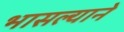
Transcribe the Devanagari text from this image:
भासल्याने